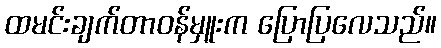
ထမင်းချက်တာဝန်မှူးက ပြောပြလေသည်။